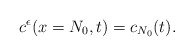
\begin{align*}c^{\epsilon}(x=N_0,t)=c_{N_0}(t).\end{align*}